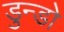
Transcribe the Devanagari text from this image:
डुन्डो